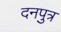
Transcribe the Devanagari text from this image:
दनपुत्र